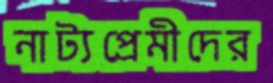
নাট্যপ্রেমীদের